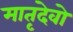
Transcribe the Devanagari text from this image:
मातृदेवो